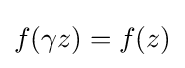
f(\gamma z)=f(z)